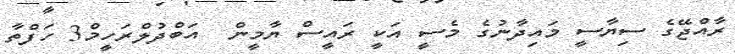
ރާއްޖޭގެ ސިޔާސީ މައިދާނުގެ މެސީ އަކީ ރައީސް ޔާމީން  އަބްދުލްރަހީމް3 ހަފްތާ